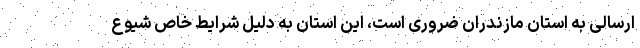
ارسالی به استان مازندران ضروری است، این استان به دلیل شرایط خاص شیوع